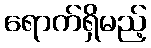
ရောက်ရှိမည့်